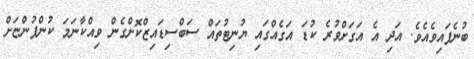
ބުނެފައިވެއެވެ. އަދި އެ އަގަށްވުރެ ކުޑަ އަގެއްގައި ޔުނިޓުތައް ސަބްސިޑައިޒްކޮށްގެން ވިއްކާނަމަ ކުންފުންޏަށް